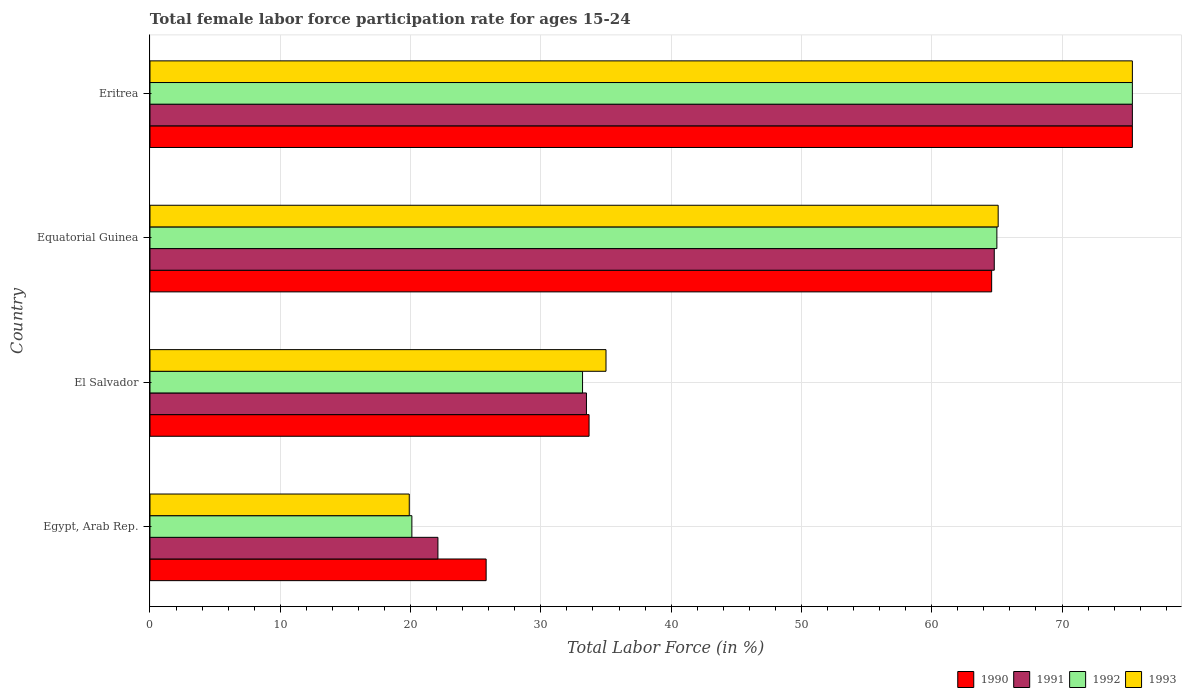
| Country | 1990 | 1991 | 1992 | 1993 |
 | --- | --- | --- | --- | --- |
 | Egypt, Arab Rep. | 25.8 | 22.1 | 20.1 | 19.9 |
 | El Salvador | 33.7 | 33.5 | 33.2 | 35 |
 | Equatorial Guinea | 64.6 | 64.8 | 65 | 65.1 |
 | Eritrea | 75.4 | 75.4 | 75.4 | 75.4 |